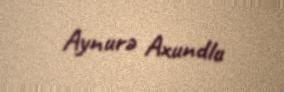
Aynurə Axundlu